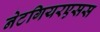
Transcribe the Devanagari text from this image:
नेटगियरएसस